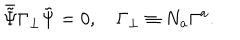
LaTeX: \bar { \tilde { \Psi } } \Gamma _ { \bot } \tilde { \Psi } = 0 , ~ \Gamma _ { \bot } \equiv N _ { a } \Gamma ^ { a } .